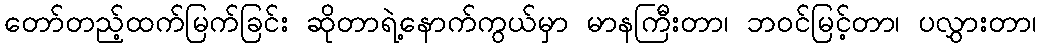
တော်တည့်ထက်မြက်ခြင်း ဆိုတာရဲ့နောက်ကွယ်မှာ မာနကြီးတာ၊ ဘဝင်မြင့်တာ၊ ပလွှားတာ၊